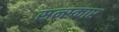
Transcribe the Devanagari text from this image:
सन्स्कार